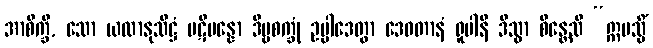
အာစိက္ခိ, သော ယထာနုသိဋ္ဌံ ပဋိပန္နော ဒိဗ္ဗစက္ခုံ ဥပ္ပါဒေတွာ ဒေဝတာနံ ရူပါနိ ဒိသွာ စိန္တေသိ “ဣမသ္မိံ